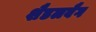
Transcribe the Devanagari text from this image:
शैडलबैग